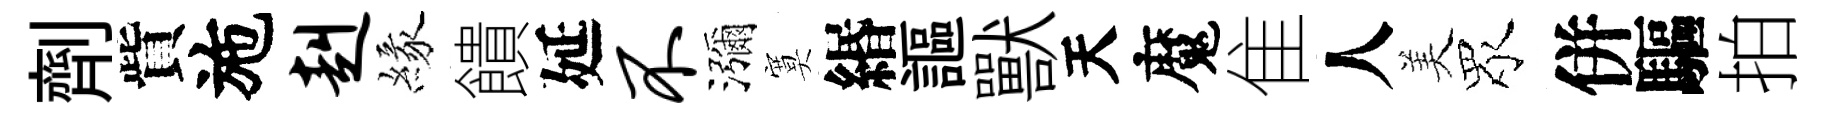
劑貲施赳緣饋延不瀰寞緡謳獸天魔隹人美眾併驅拍